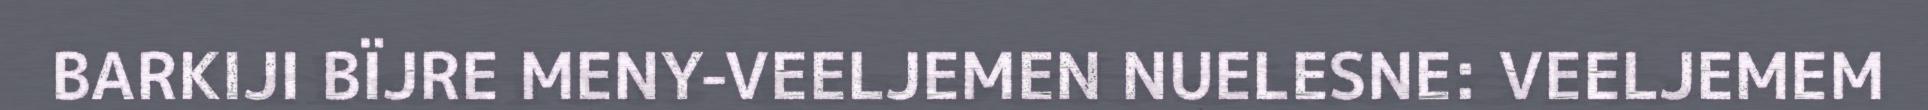
BARKIJI BÏJRE MENY-VEELJEMEN NUELESNE: VEELJEMEM